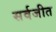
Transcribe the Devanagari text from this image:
सर्वजीत